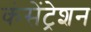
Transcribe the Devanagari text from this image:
कंसेंट्रेशन